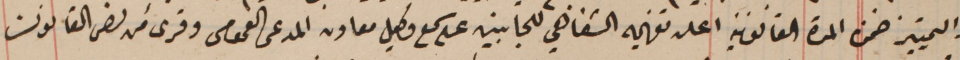
والتمييز ضمن المدة القانونية اعلن تفهيمه الشفاهي للجانبين على سمع وكيل معاون المدعى العمومى وقرىء من نص القانون